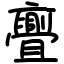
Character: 亹